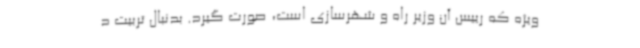
ویژه که رییس آن وزیر راه و شهرسازی است، صورت گیرد. بدنبال تربیت د